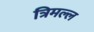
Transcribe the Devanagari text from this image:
त्रिमल्ल